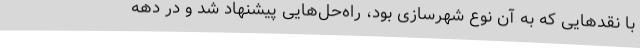
با نقدهایی که به آن نوع شهرسازی بود، راه‌حل‌هایی پیشنهاد شد و در دهه